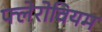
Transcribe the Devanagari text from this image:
फ्लेरोवियम